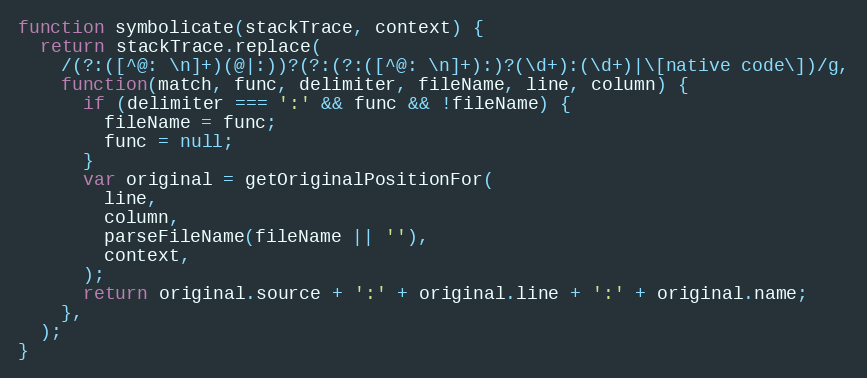
Language: JavaScript
function symbolicate(stackTrace, context) {
  return stackTrace.replace(
    /(?:([^@: \n]+)(@|:))?(?:(?:([^@: \n]+):)?(\d+):(\d+)|\[native code\])/g,
    function(match, func, delimiter, fileName, line, column) {
      if (delimiter === ':' && func && !fileName) {
        fileName = func;
        func = null;
      }
      var original = getOriginalPositionFor(
        line,
        column,
        parseFileName(fileName || ''),
        context,
      );
      return original.source + ':' + original.line + ':' + original.name;
    },
  );
}